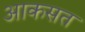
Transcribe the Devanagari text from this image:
आकसत